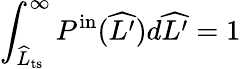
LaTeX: \int_{\widehat{L}_{\mathrm{ts}}}^{\infty}P^{\mathrm{in}}(\widehat{L^{\prime}})d\widehat{L^{\prime}}=1